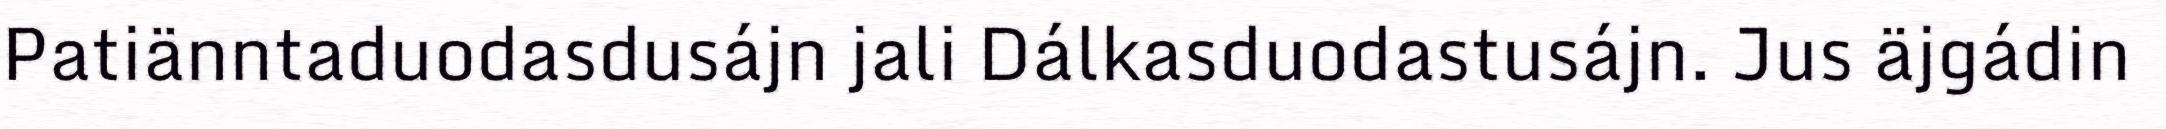
Patiänntaduodasdusájn jali Dálkasduodastusájn. Jus äjgádin